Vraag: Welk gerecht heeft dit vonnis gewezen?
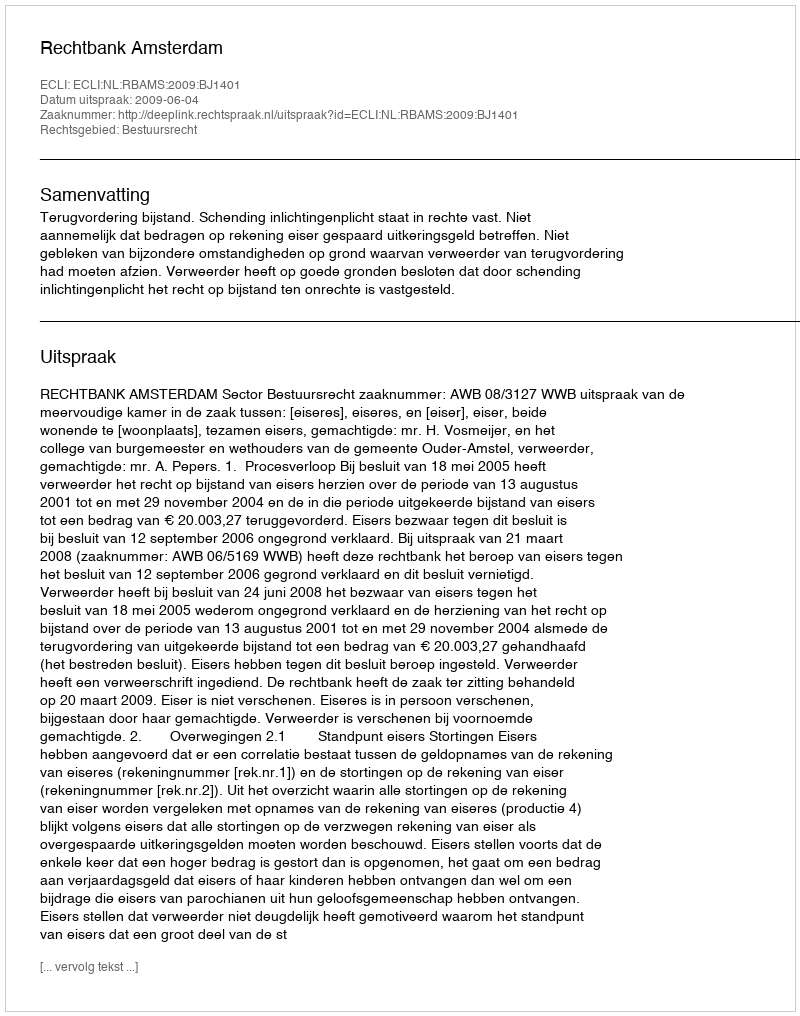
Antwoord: Rechtbank Amsterdam